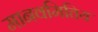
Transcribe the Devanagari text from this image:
मानवमितिय